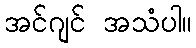
အင်ဂျင် အသံပါ။